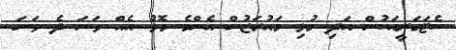
ކެޓަގަރީއަކުން އަދި މުޅި މައުރަޒުން އެންމެ މޮޅު އެއް ވަނަ ދެ ވަނަ